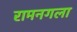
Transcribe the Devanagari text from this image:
रामनगला